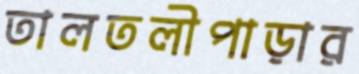
তালতলীপাড়ার